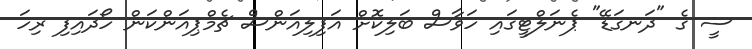
ސީ ގެ "ދަނގަޑޭ" ޕެނަލްޓީގައި ހަވާސް ބަލިކޮށް އަފިލިއަންސް ޗެމްޕިއަންކަން ހޯދައިފި ރިހަ